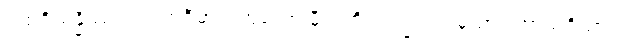
ပထဝိသန္နိဿယံ၊ ပထဝီဓာတ်ဟူသော မှီရာကို။ လဒ္ဓါဝ၊ ရမှသာ။ ကာယဝိညာဏံ၊